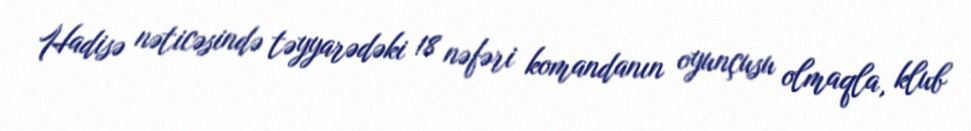
Hadisə nəticəsində təyyarədəki 18 nəfəri komandanın oyunçusu olmaqla, klub